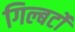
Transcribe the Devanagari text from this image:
गिल्बर्टो